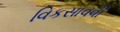
વિકસાવવી